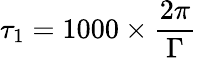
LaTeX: \tau_{1}=1000\times\frac{2\pi}{\Gamma}